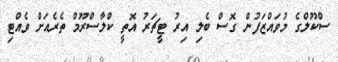
ސްކޫލްގެ މުވައްޒަފުން ގޮސް ބެލި އިރު ޓީޗަރު އޮތީ ކްލާސްރޫމް ތެރެއަށް ވެއްޓި